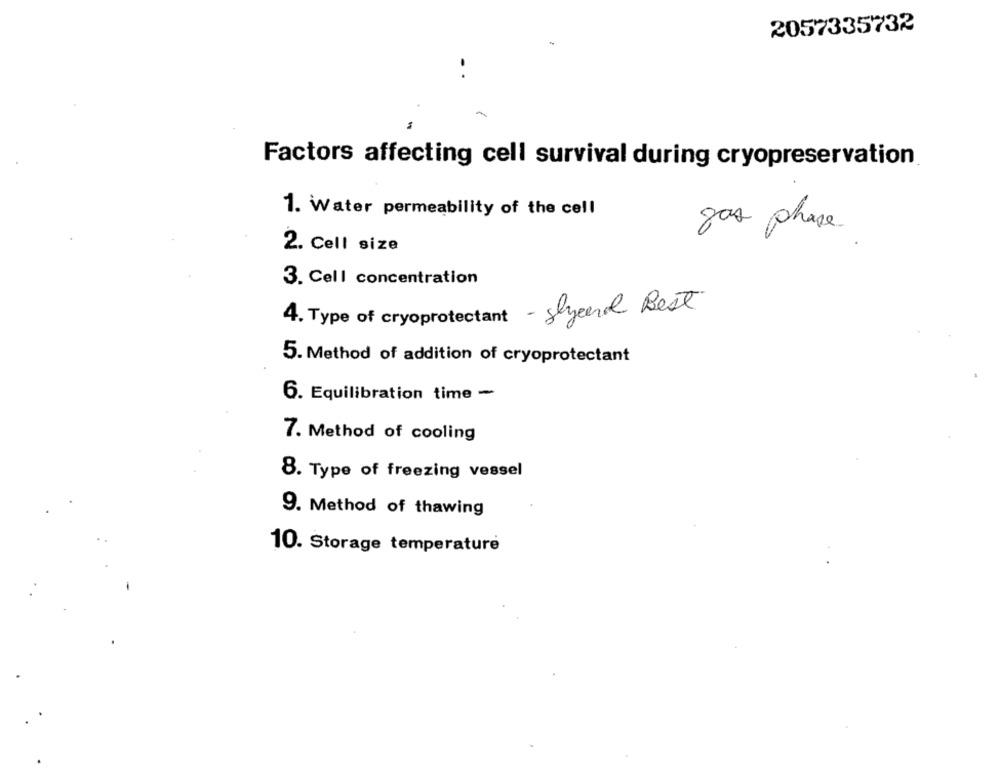
2057335732
Factors affecting cell survival during cryopreservation
1. Water permeability of the cell
gas phase
2. Cell size
3. Cell concentration
4. Type of cryoprotectant - glycerol Best
5. Method of addition of cryoprotectant
6. Equilibration time -
7. Method of cooling
8. Type of freezing vessel
9. Method of thawing
10. Storage temperature